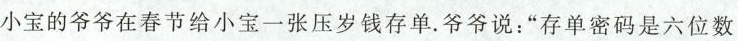
小宝的爷爷在春节给小宝一张压岁钱存单.爷爷说：”存单密码是六位数